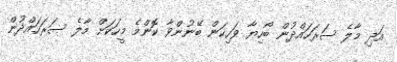
އަދި މާލެ ސަރަހައްދުން ބޯހިޔާ ވަހިކަން ބޭނުންވާ ކޮންމެ މީހަކަށް މާލެ ސަރަހައްދުން